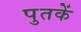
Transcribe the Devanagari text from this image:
पुतकें